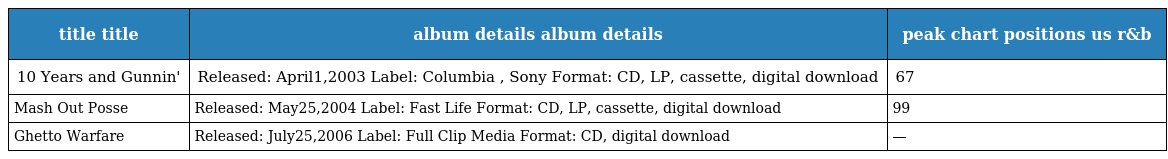
| title title | album details album details | peak chart positions us r&b |
 | --- | --- | --- |
 | 10 Years and Gunnin' | Released: April1,2003 Label: Columbia , Sony Format: CD, LP, cassette, digital download | 67 |
 | Mash Out Posse | Released: May25,2004 Label: Fast Life Format: CD, LP, cassette, digital download | 99 |
 | Ghetto Warfare | Released: July25,2006 Label: Full Clip Media Format: CD, digital download | — |